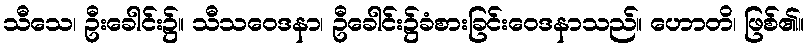
သီသေ၊ ဦးခေါင်း၌။ သီသဝေဒနာ၊ ဦခေါင်း၌ခံစားခြင်းဝေဒနာသည်။ ဟောတိ၊ ဖြစ်၏။